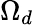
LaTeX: \Omega_{d}